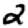
Digit: 2